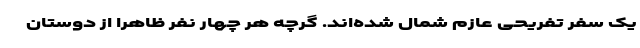
یک سفر تفریحی عازم شمال شده‌اند. گرچه هر چهار نفر ظاهرا از دوستان